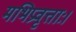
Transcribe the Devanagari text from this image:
मभिप्रवृत्ताः।